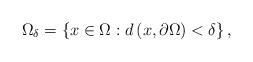
LaTeX: \begin{align*}\Omega _{\delta }=\left\{ x\in \Omega :d\left( x,\partial \Omega \right)<\delta \right\} , \end{align*}